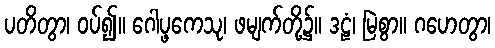
ပတိတွာ၊ ဝပ်၍။ ဂေါပ္ဖကေသု၊ ဖမျက်တို့၌။ ဒဠံ၊ မြဲစွာ။ ဂဟေတွာ၊